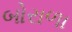
બોરાળા